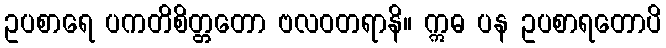
ဥပစာရေ ပကတိစိတ္တတော ဗလဝတရာနိ။ ဣဓ ပန ဥပစာရတောပိ